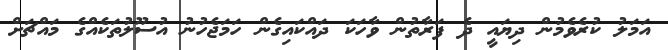
އަމަލު ކުރެވެމުން ދިޔައީ ދެ ފަރާތުން ވާހަކަ ދައްކައިގެން ހަމަޖެހުނު އުސޫލުތަކެއްގެ މައްޗަށް